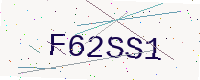
Text: F62SS1